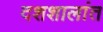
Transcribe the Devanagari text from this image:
दशशालांत